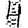
Digit: 4